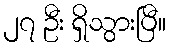
၂၇ ဦး ရှိသွားပြီ။